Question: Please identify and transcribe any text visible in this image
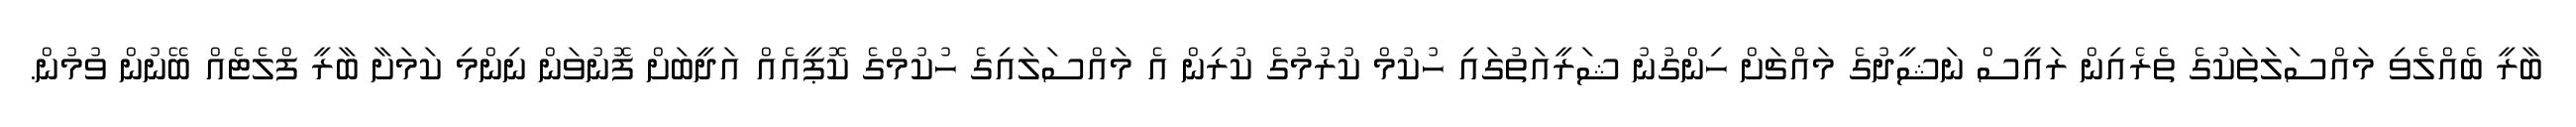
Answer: ބާރީ ބެއްލެވި މައްސަލަތަކުގެ ތެރެއިން ރައީސް ނަޝީދުގެ މައްޗަށް ހިންގުނު ޝަރީއަތުގައި ހުކުމް ކުރުމުގެ ކުރިން އެ މައްސަލައިގެ ހުކުމްގެ ކޮޕީއެއް އަދީބަށް ފޮނުވަން ނިންމި ކަމަށާ ބާރީ ފްލެޓެއް ބޭނުން ވުމުން.